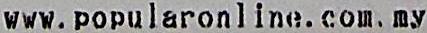
WWW.POPULARONLINE.COM.MY